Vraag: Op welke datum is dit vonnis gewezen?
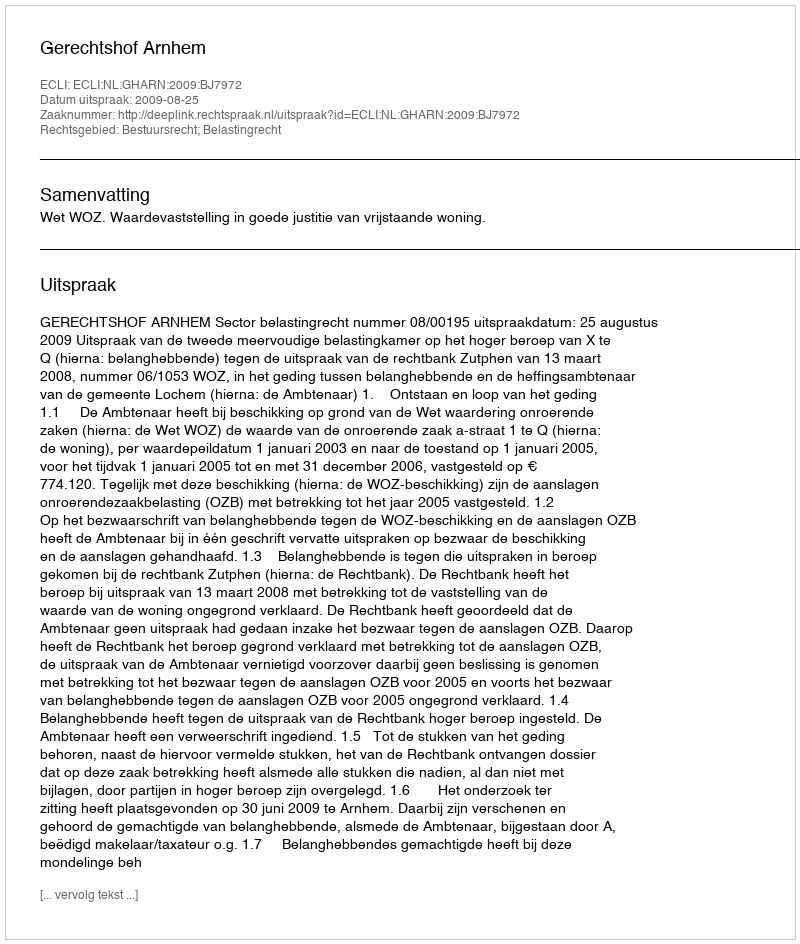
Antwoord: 2009-08-25